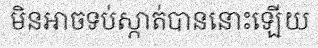
មិនអាចទប់ស្កាត់បាននោះឡើយ